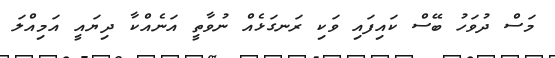
މަސް ދުވަހު ބޭސް ކައިފައި ވަކި ރަނގަޅެއް ނުވާތީ އަނެއްކާ ދިޔައީ އަމިއްލަ